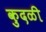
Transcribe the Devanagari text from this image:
कुदळी